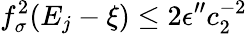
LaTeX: f_{\sigma}^{2}(E_{j}-\xi)\le 2\epsilon^{\prime\prime}c_{2}^{-2}